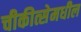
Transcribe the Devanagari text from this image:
चीकीत्सेमधील